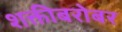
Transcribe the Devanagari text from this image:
शक्तीबरोबर